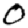
Digit: 0